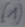
Text: (1)